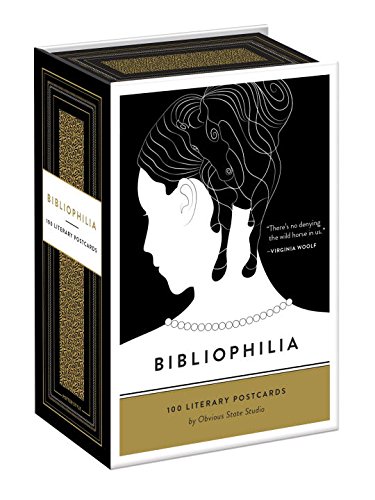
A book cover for Bibliophilia: 100 Literary Postcards; Obvious State Studio; Arts & Photography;